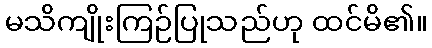
မသိကျိုးကြဉ်ပြုသည်ဟု ထင်မိ၏။